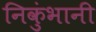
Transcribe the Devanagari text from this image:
निकुंभानी